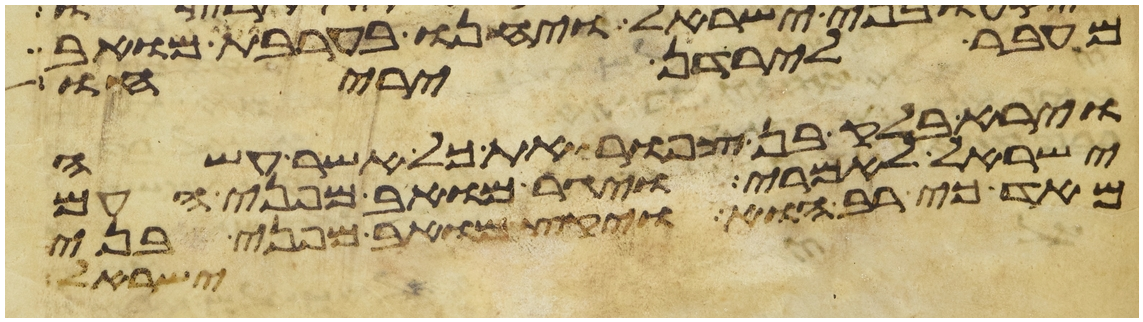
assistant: מעבר לירדן יריחו
וירא בלק בן צפור את כל אשר עשה
ישראל לאמרי ויגר מואב מפני העם
מאד כי רב הוא ויקץ מואב מפני בני
ישראל